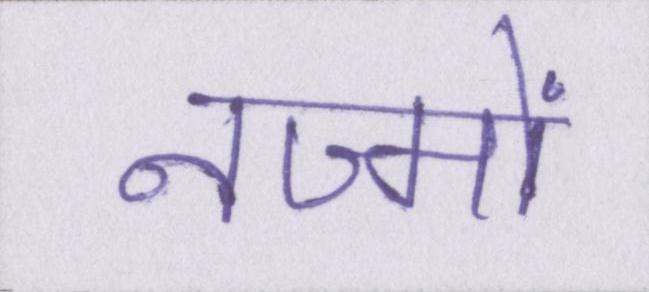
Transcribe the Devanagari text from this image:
नज्मों